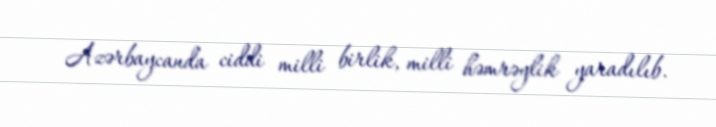
Azərbaycanda ciddi milli birlik, milli həmrəylik yaradılıb.